Report of the Bombay Veterinary College
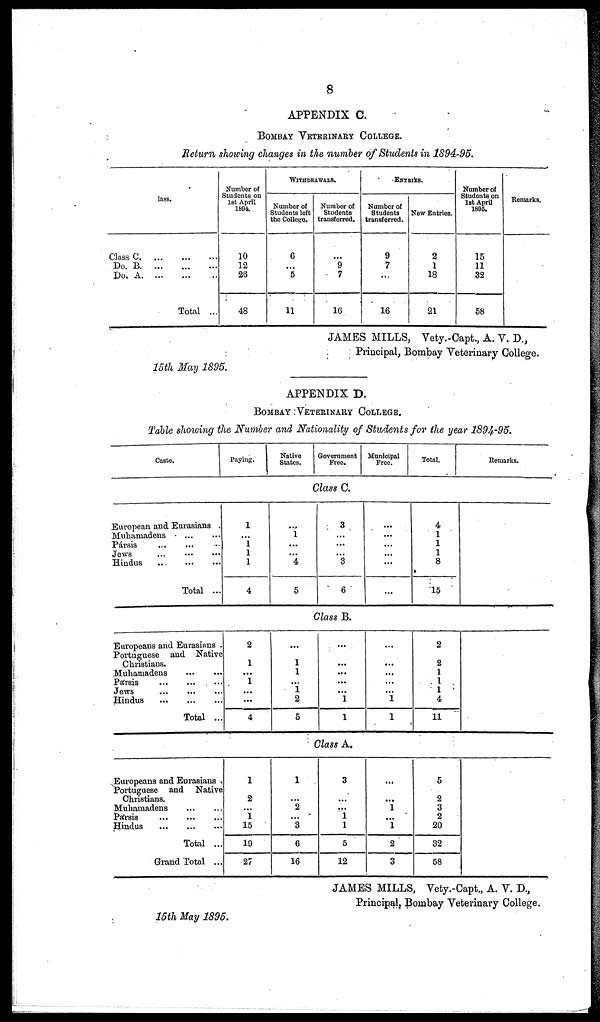
8
APPENDIX C.
BOMBAY VETERINARY COLLEGE.
Return showing changes in the number of Students in 1894-95.
Class
Do.
Do.
Class.
C. ... ... ...
B. ... ... ...
A. ... ... ...
Total ...
Number of
Students on
1st April
1894.
10
12
26
48
WITHDRAWALS.
Number of
Students left
the College.
6
...
5
11
Number of
Students
transferred.
...
9
7
16
ENTRIES.
Number of
Students
transferred.
9
7
...
16
New Entries.
2
1
18
21
Number of
Students on
1st April
1895.
15
11
32
58
Remarks.
JAMES MILLS, Vety.-Capt., A. V. D.,
Principal, Bombay Veterinary College.
15th May 1895.
APPENDIX D.
BOMBAY : VETERINARY COLLEGE.
Table showing the Number and Nationality of Students for the year 1894-95.
Caste.
European and Eurasians .
Muhamadens
...
...
Pársis
...
...
...
Jews
...
...
...
Hindus ... ... ...
Total ...
Europeans and Eurasians .
Portuguese and Native
Christians.
Muhamadens
...
...
Pársis
...
...
...
Jews
...
...
...
Hindus
...
...
...
Total ...
Europeans and Eurasians .
Portuguese and Native
Christians.
Muhamadens ... ... ...
Pársis
...
...
...
Hindus
...
...
...
Total ...
Grand Total ...
Paying.
Native
States
Government
Free.
Municipa1
Free.
Class C.
1
1
1
1
4
...
1
...
...
5
3
...
...
3
6
...
...
...
...
...
Class B.
2
1
... 1
...
...
4
...
1
1
... 1
2
5
...
...
...
...
... 1
1
...
...
...
...
... 1
1
Class A.
1
2
...
1
15
19
27
1
... ...
3 ...
6
16
3
...
... 1
1
5
12
...
...
...
... 1
2
3
Total.
4
1
1
1
8
15
2
2
1
1
1
4
11
5
2
3
2
20
32
58
Remarks.
JAMES MILLS, Vety.-Capt., A. V. D.,
Principal, Bombay Veterinary College.
15th May 1895.